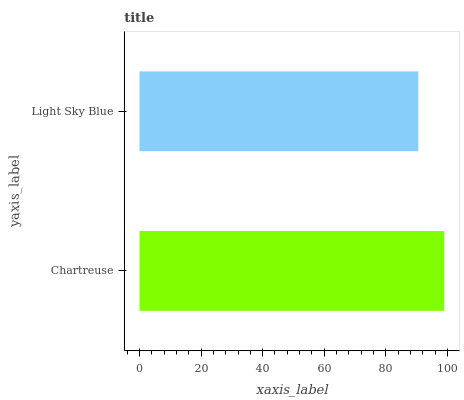
| yaxis_label | bars |
 | --- | --- |
 | Chartreuse | 99 |
 | Light Sky Blue | 90.6 |